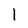
Character: 1